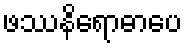
ဖဿနိရောဓာပေ